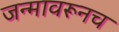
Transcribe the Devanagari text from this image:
जन्मावरूनच